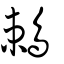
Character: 鵣